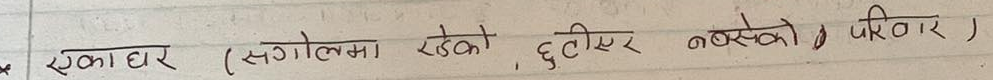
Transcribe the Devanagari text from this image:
एकाघर (संगोलमा रहेको, छुट्टिएर नबसेको परिवार)